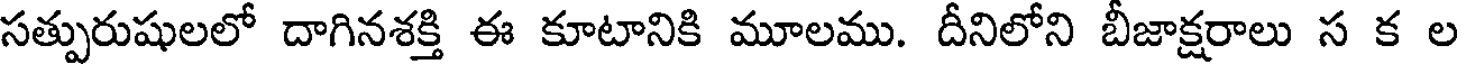
సత్పురుషులలో దాగినశక్తి ఈ కూటానికి మూలము. దీనిలోని బీజాక్షరాలు స క ల